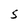
Character: S